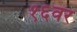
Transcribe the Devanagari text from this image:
१६वर